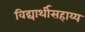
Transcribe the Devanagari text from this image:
विद्यार्थीसहाय्य